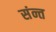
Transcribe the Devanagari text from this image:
संन्त